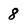
Character: 8